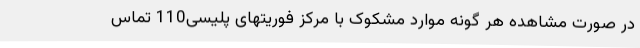
در صورت مشاهده هر گونه موارد مشکوک با مرکز فوریتهای پلیسی110 تماس